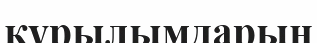
құрылымдарын